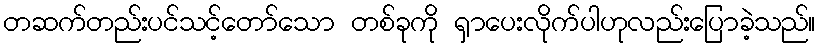
တဆက်တည်းပင်သင့်တော်သော တစ်ခုကို ရှာပေးလိုက်ပါဟုလည်းပြောခဲ့သည်။